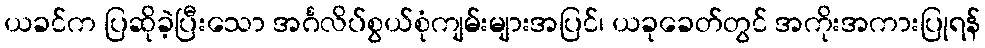
ယခင်က ပြဆိုခဲ့ပြီးသော အင်္ဂလိပ်စွယ်စုံကျမ်းများအပြင်၊ ယခုခေတ်တွင် အကိုးအကားပြုရန်